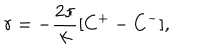
r = - \frac { 2 \pi } { k } [ C ^ { + } - C ^ { - } ] ,